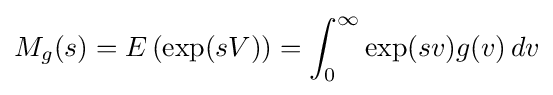
M_{g}(s)=E\left(\exp(sV)\right)=\int _{0}^{\infty }\exp(sv)g(v)\,dv